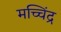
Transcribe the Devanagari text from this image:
मच्चिंद्र